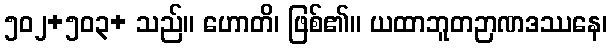
၅၀၂+၅၀၃+ သည်။ ဟောတိ၊ ဖြစ်၏။ ယထာဘူတဉာဏဒဿနေ၊